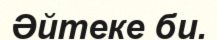
Әйтеке би.